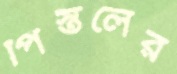
পিস্তলের